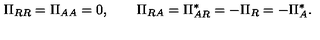
\Pi _ { R R } = \Pi _ { A A } = 0 , \qquad \Pi _ { R A } = \Pi _ { A R } ^ { * } = - \Pi _ { R } = - \Pi _ { A } ^ { * } .